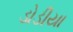
ડોડીયા